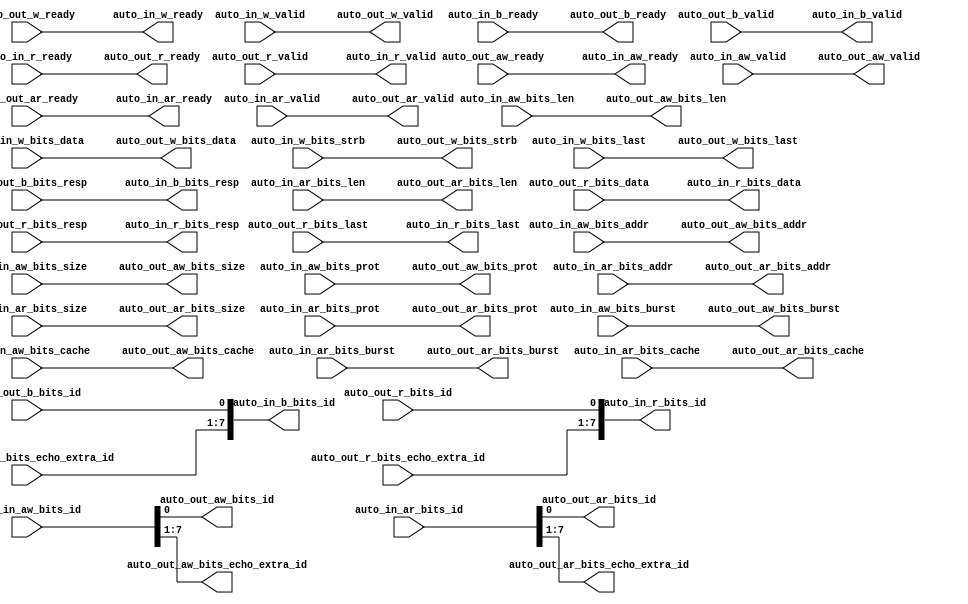
module AXI4IdIndexer_1(
  output        auto_in_aw_ready,
  input         auto_in_aw_valid,
  input  [7:0]  auto_in_aw_bits_id,
  input  [31:0] auto_in_aw_bits_addr,
  input  [7:0]  auto_in_aw_bits_len,
  input  [2:0]  auto_in_aw_bits_size,
  input  [1:0]  auto_in_aw_bits_burst,
  input  [3:0]  auto_in_aw_bits_cache,
  input  [2:0]  auto_in_aw_bits_prot,
  output        auto_in_w_ready,
  input         auto_in_w_valid,
  input  [63:0] auto_in_w_bits_data,
  input  [7:0]  auto_in_w_bits_strb,
  input         auto_in_w_bits_last,
  input         auto_in_b_ready,
  output        auto_in_b_valid,
  output [7:0]  auto_in_b_bits_id,
  output [1:0]  auto_in_b_bits_resp,
  output        auto_in_ar_ready,
  input         auto_in_ar_valid,
  input  [7:0]  auto_in_ar_bits_id,
  input  [31:0] auto_in_ar_bits_addr,
  input  [7:0]  auto_in_ar_bits_len,
  input  [2:0]  auto_in_ar_bits_size,
  input  [1:0]  auto_in_ar_bits_burst,
  input  [3:0]  auto_in_ar_bits_cache,
  input  [2:0]  auto_in_ar_bits_prot,
  input         auto_in_r_ready,
  output        auto_in_r_valid,
  output [7:0]  auto_in_r_bits_id,
  output [63:0] auto_in_r_bits_data,
  output [1:0]  auto_in_r_bits_resp,
  output        auto_in_r_bits_last,
  input         auto_out_aw_ready,
  output        auto_out_aw_valid,
  output        auto_out_aw_bits_id,
  output [31:0] auto_out_aw_bits_addr,
  output [7:0]  auto_out_aw_bits_len,
  output [2:0]  auto_out_aw_bits_size,
  output [1:0]  auto_out_aw_bits_burst,
  output [3:0]  auto_out_aw_bits_cache,
  output [2:0]  auto_out_aw_bits_prot,
  output [6:0]  auto_out_aw_bits_echo_extra_id,
  input         auto_out_w_ready,
  output        auto_out_w_valid,
  output [63:0] auto_out_w_bits_data,
  output [7:0]  auto_out_w_bits_strb,
  output        auto_out_w_bits_last,
  output        auto_out_b_ready,
  input         auto_out_b_valid,
  input         auto_out_b_bits_id,
  input  [1:0]  auto_out_b_bits_resp,
  input  [6:0]  auto_out_b_bits_echo_extra_id,
  input         auto_out_ar_ready,
  output        auto_out_ar_valid,
  output        auto_out_ar_bits_id,
  output [31:0] auto_out_ar_bits_addr,
  output [7:0]  auto_out_ar_bits_len,
  output [2:0]  auto_out_ar_bits_size,
  output [1:0]  auto_out_ar_bits_burst,
  output [3:0]  auto_out_ar_bits_cache,
  output [2:0]  auto_out_ar_bits_prot,
  output [6:0]  auto_out_ar_bits_echo_extra_id,
  output        auto_out_r_ready,
  input         auto_out_r_valid,
  input         auto_out_r_bits_id,
  input  [63:0] auto_out_r_bits_data,
  input  [1:0]  auto_out_r_bits_resp,
  input  [6:0]  auto_out_r_bits_echo_extra_id,
  input         auto_out_r_bits_last
);
  assign auto_in_aw_ready = auto_out_aw_ready; // @[Nodes.scala 1207:84 LazyModule.scala 311:12]
  assign auto_in_w_ready = auto_out_w_ready; // @[Nodes.scala 1207:84 LazyModule.scala 311:12]
  assign auto_in_b_valid = auto_out_b_valid; // @[Nodes.scala 1207:84 LazyModule.scala 311:12]
  assign auto_in_b_bits_id = {auto_out_b_bits_echo_extra_id,auto_out_b_bits_id}; // @[Cat.scala 31:58]
  assign auto_in_b_bits_resp = auto_out_b_bits_resp; // @[Nodes.scala 1207:84 LazyModule.scala 311:12]
  assign auto_in_ar_ready = auto_out_ar_ready; // @[Nodes.scala 1207:84 LazyModule.scala 311:12]
  assign auto_in_r_valid = auto_out_r_valid; // @[Nodes.scala 1207:84 LazyModule.scala 311:12]
  assign auto_in_r_bits_id = {auto_out_r_bits_echo_extra_id,auto_out_r_bits_id}; // @[Cat.scala 31:58]
  assign auto_in_r_bits_data = auto_out_r_bits_data; // @[Nodes.scala 1207:84 LazyModule.scala 311:12]
  assign auto_in_r_bits_resp = auto_out_r_bits_resp; // @[Nodes.scala 1207:84 LazyModule.scala 311:12]
  assign auto_in_r_bits_last = auto_out_r_bits_last; // @[Nodes.scala 1207:84 LazyModule.scala 311:12]
  assign auto_out_aw_valid = auto_in_aw_valid; // @[Nodes.scala 1210:84 LazyModule.scala 309:16]
  assign auto_out_aw_bits_id = auto_in_aw_bits_id[0]; // @[Nodes.scala 1207:84 BundleMap.scala 247:19]
  assign auto_out_aw_bits_addr = auto_in_aw_bits_addr; // @[Nodes.scala 1210:84 LazyModule.scala 309:16]
  assign auto_out_aw_bits_len = auto_in_aw_bits_len; // @[Nodes.scala 1210:84 LazyModule.scala 309:16]
  assign auto_out_aw_bits_size = auto_in_aw_bits_size; // @[Nodes.scala 1210:84 LazyModule.scala 309:16]
  assign auto_out_aw_bits_burst = auto_in_aw_bits_burst; // @[Nodes.scala 1210:84 LazyModule.scala 309:16]
  assign auto_out_aw_bits_cache = auto_in_aw_bits_cache; // @[Nodes.scala 1210:84 LazyModule.scala 309:16]
  assign auto_out_aw_bits_prot = auto_in_aw_bits_prot; // @[Nodes.scala 1210:84 LazyModule.scala 309:16]
  assign auto_out_aw_bits_echo_extra_id = auto_in_aw_bits_id[7:1]; // @[IdIndexer.scala 71:56]
  assign auto_out_w_valid = auto_in_w_valid; // @[Nodes.scala 1210:84 LazyModule.scala 309:16]
  assign auto_out_w_bits_data = auto_in_w_bits_data; // @[Nodes.scala 1210:84 LazyModule.scala 309:16]
  assign auto_out_w_bits_strb = auto_in_w_bits_strb; // @[Nodes.scala 1210:84 LazyModule.scala 309:16]
  assign auto_out_w_bits_last = auto_in_w_bits_last; // @[Nodes.scala 1210:84 LazyModule.scala 309:16]
  assign auto_out_b_ready = auto_in_b_ready; // @[Nodes.scala 1210:84 LazyModule.scala 309:16]
  assign auto_out_ar_valid = auto_in_ar_valid; // @[Nodes.scala 1210:84 LazyModule.scala 309:16]
  assign auto_out_ar_bits_id = auto_in_ar_bits_id[0]; // @[Nodes.scala 1207:84 BundleMap.scala 247:19]
  assign auto_out_ar_bits_addr = auto_in_ar_bits_addr; // @[Nodes.scala 1210:84 LazyModule.scala 309:16]
  assign auto_out_ar_bits_len = auto_in_ar_bits_len; // @[Nodes.scala 1210:84 LazyModule.scala 309:16]
  assign auto_out_ar_bits_size = auto_in_ar_bits_size; // @[Nodes.scala 1210:84 LazyModule.scala 309:16]
  assign auto_out_ar_bits_burst = auto_in_ar_bits_burst; // @[Nodes.scala 1210:84 LazyModule.scala 309:16]
  assign auto_out_ar_bits_cache = auto_in_ar_bits_cache; // @[Nodes.scala 1210:84 LazyModule.scala 309:16]
  assign auto_out_ar_bits_prot = auto_in_ar_bits_prot; // @[Nodes.scala 1210:84 LazyModule.scala 309:16]
  assign auto_out_ar_bits_echo_extra_id = auto_in_ar_bits_id[7:1]; // @[IdIndexer.scala 70:56]
  assign auto_out_r_ready = auto_in_r_ready; // @[Nodes.scala 1210:84 LazyModule.scala 309:16]
endmodule